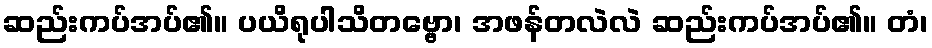
ဆည်းကပ်အပ်၏။ ပယိရုပါသိတဗ္ဗော၊ အဖန်တလဲလဲ ဆည်းကပ်အပ်၏။ တံ၊